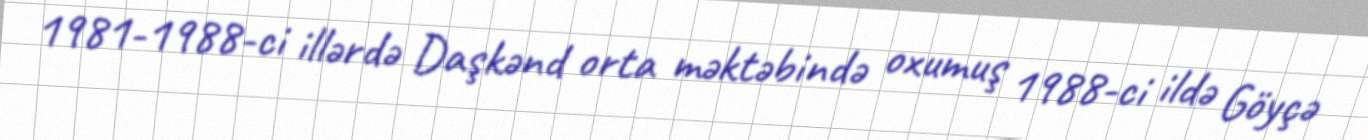
1981-1988-ci illərdə Daşkənd orta məktəbində oxumuş 1988-ci ildə Göyçə